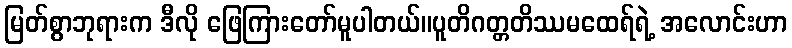
မြတ်စွာဘုရားက ဒီလို ဖြေကြားတော်မူပါတယ်။ပူတိဂတ္တတိဿမထေရ်ရဲ့ အလောင်းဟာ